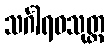
သင်္ဂါရဝသုတ္တ